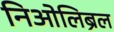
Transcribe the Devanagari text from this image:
निओलिब्रल